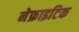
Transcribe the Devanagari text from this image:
नेफ्राइटिक